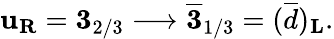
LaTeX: \mathbf{u}_{\mathbf{R}}={\mathbf{3}}_{2/3}\longrightarrow\overline{{{{\mathbf{3}}}}}_{1/3}=(\overline{{{d}}})_{\mathbf{L}}.